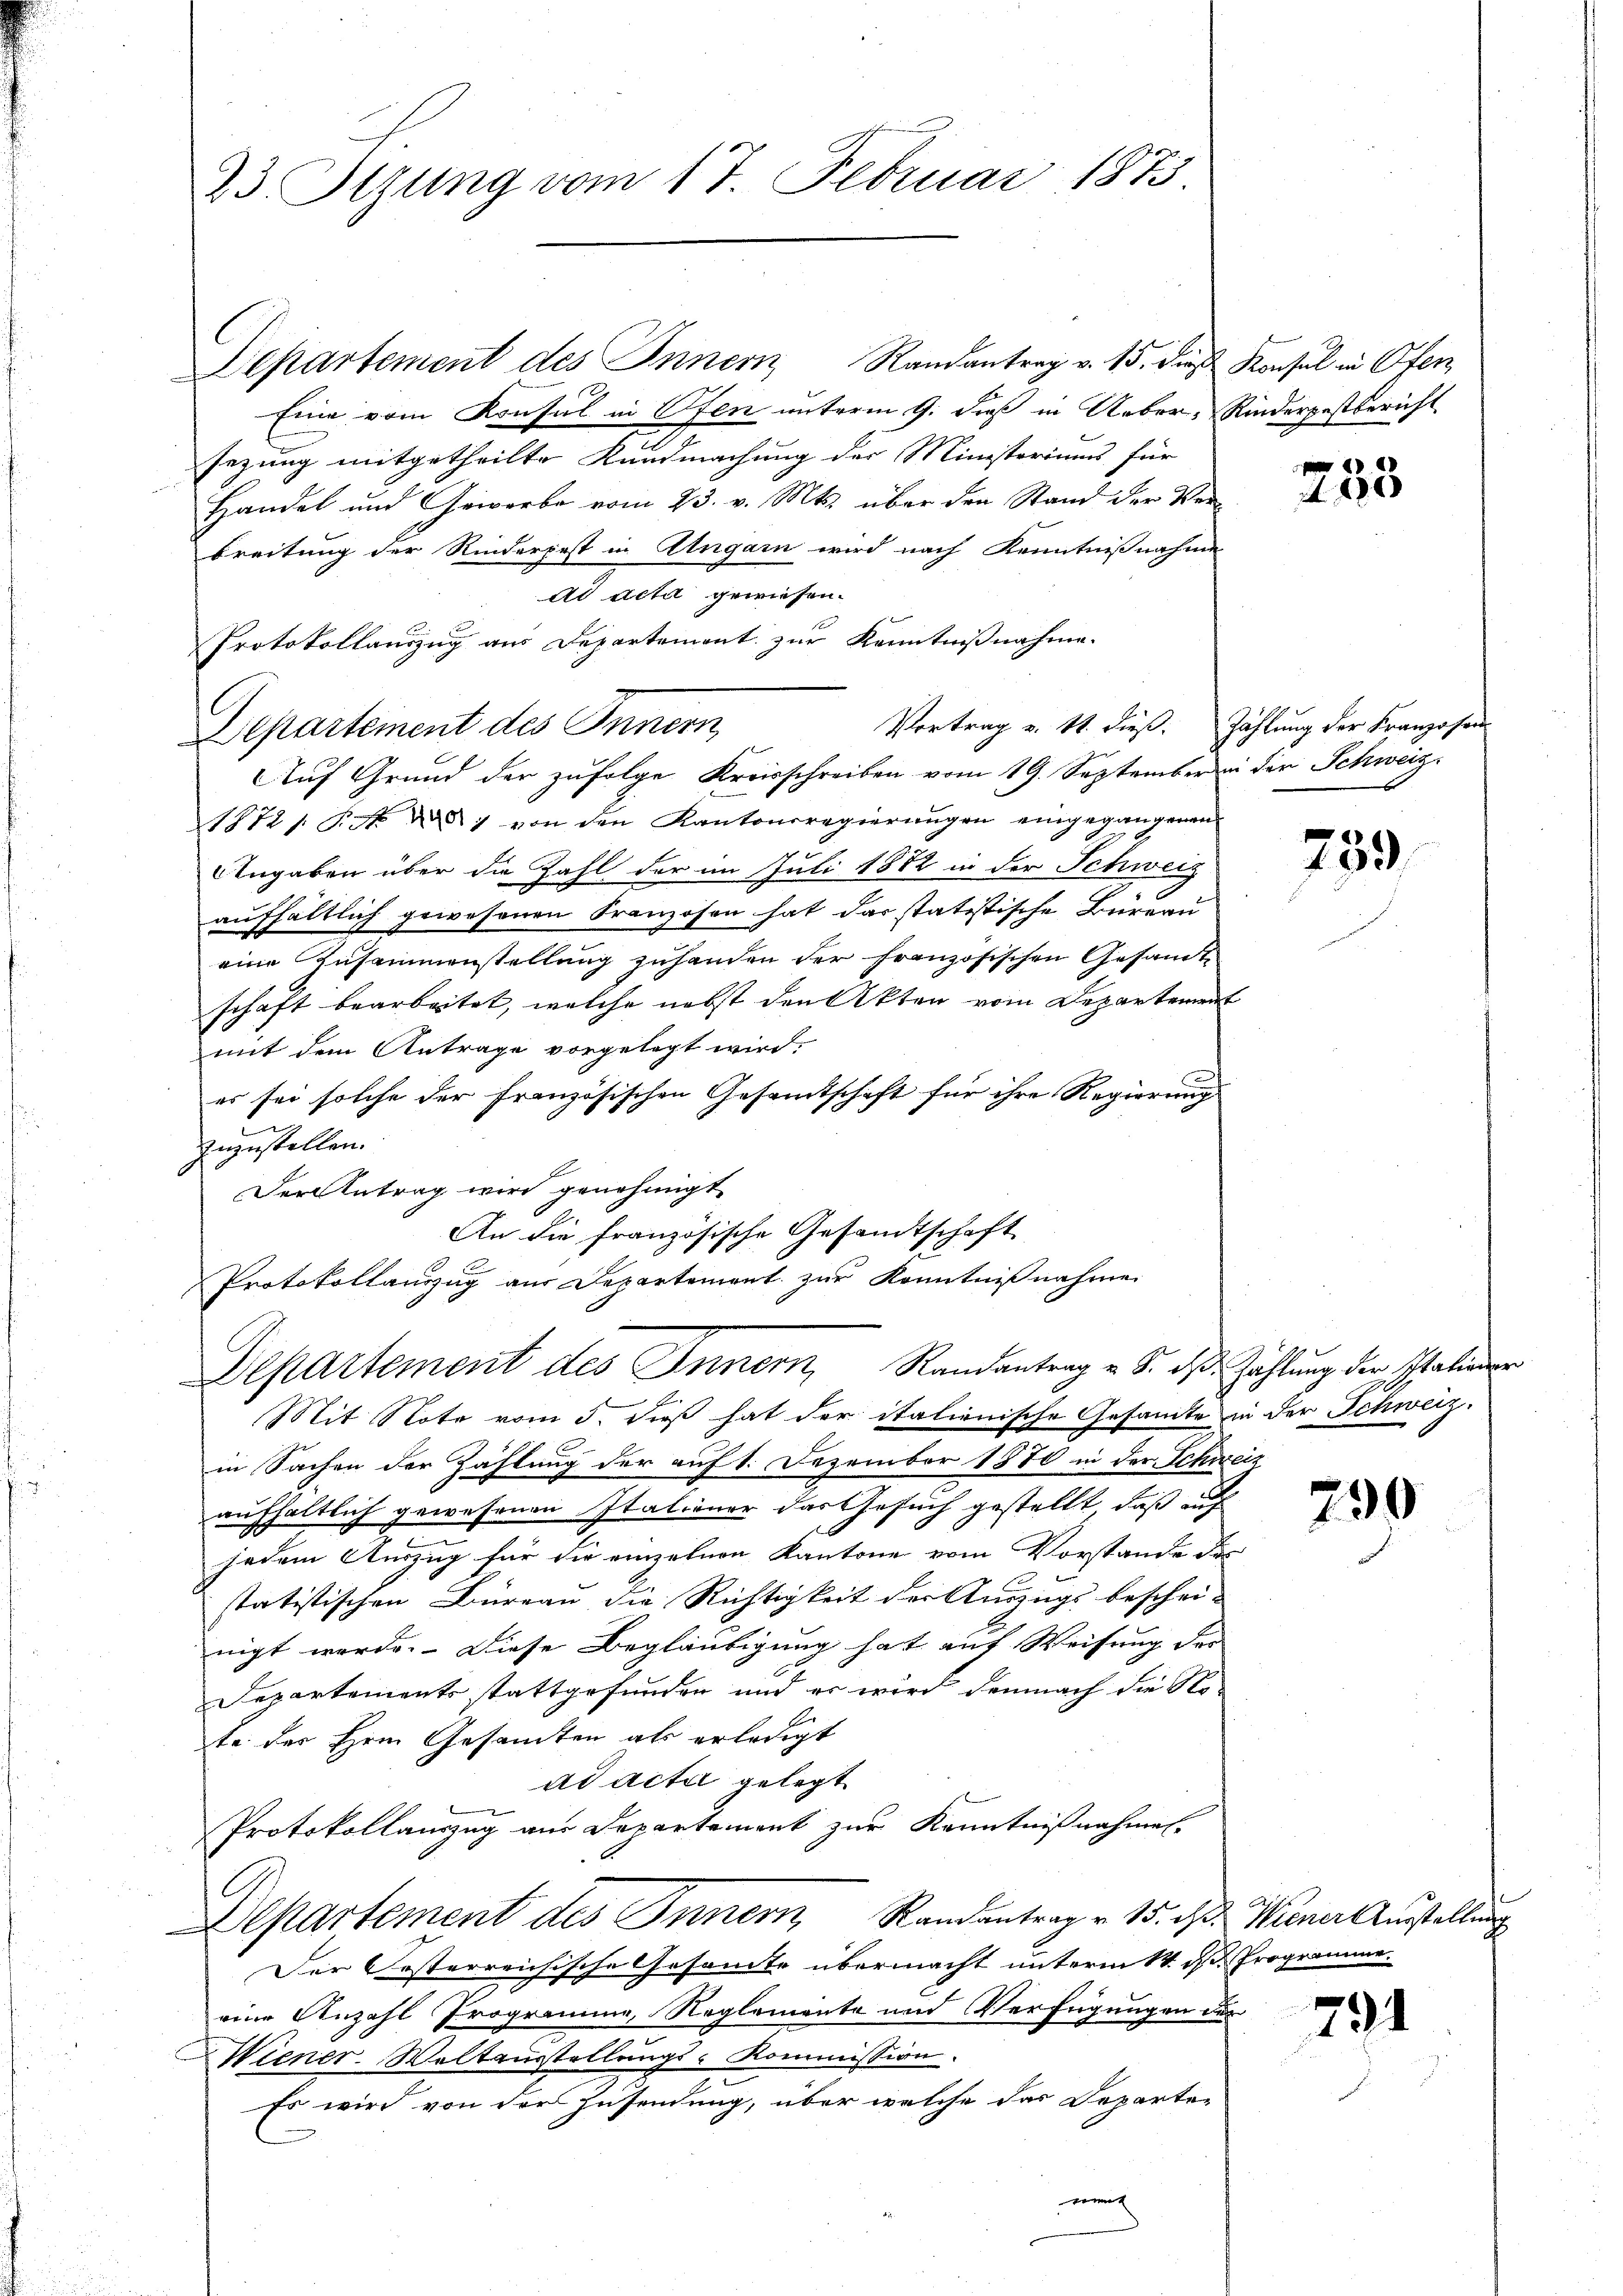
23. Sizung vom 17. Februar 1873.

Departement des Innern Randantrag v. 15. dieß Konsul in Ofen
Eine vom Konsul in Ofen unterm 9. dieß in Ueber-Riederpostbericht
sezung mitgetheilte Kundmachung der Ministeriums für
Handel und Gewerbe vom 23. v. Mts. über den Stand der Ver-
breitung der Rinderpest in Ungarn wird nach Kenntnißnahme
Ad Acta gewiesen.
Protokollauszug aus Departement zur Kenntnißnahme.
Vortrag v. St. dieß. Zahlung der Kranzosen
Departement des Innern,
1872 s. S. Nr. 287 von den Kantonsregierŭngen eingegangenen
Angaben über die Zahl der im Juli 1882 in der Schweiz
aufhältlich gewesenen Franzosen hat das statistische Büreru
eine Zusammenstellung zuhanden der französischen Gesandt
schaft bearbeitet, welche nebst den Akten vom Departement
mit dem Antrage vorgelegt wird.
er sei solche der französischen Gesamtschaft für ihre Regierung
zuzustellen.
Der Antrag wird genehmigt
An die französische Gesandtschaft
Protokollauszug aus Departement zur Kenntnißnahmen
Departement des Innern, Randantrag u. S. das Zahlung der Stationen
Mit Note vom 5. dieß hat der italienische Gesandte in der Schweiz.
in Sachen der Zahlung der auf 1. Dezember 1870 in der Schweiz
aufhaltlich gewesenen Stationer das Gesuch gestellt, daß auf
jedem Auszug für die einzelnen Kantone vom Vorstande des
statistischen Büreau die Richtigkeit der Auszugs beschei-
nigt werde. Diese Begläubigung hat auf Weisung der
Departements stattgefunden und er wird demnach die Note der Herrn Gesamten als erledigt
ad acta gelegt.
Protokollauszug aus Departement zur Kenntnißnahmen.
A
Departement des Innern Randantrag v. 15. d.
Der Posterreichische Gesamte übermacht unterm 14. ds Programme
eine Anzahl Programme, Reglemente und Verfügungen der
Wiener-Weltausstellungs-Kommission.
Es wird von der Zusendung, über welche das Departen
nung

Auf Grund der zufolge Kreisschreiben vom 19. September der Schweiz.

A 180

759

290

Wiener Ausstellung

791